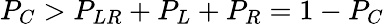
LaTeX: P_{C}>P_{LR}+P_{L}+P_{R}=1-P_{C}